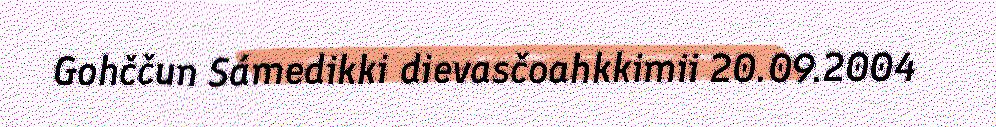
Gohččun Sámedikki dievasčoahkkimii 20.09.2004